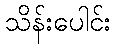
သိန်းပေါင်း